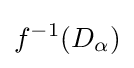
f^{-1}(D_{\alpha })